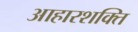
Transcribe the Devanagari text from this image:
आहारशक्ति